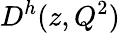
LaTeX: D^{h}(z,Q^{2})